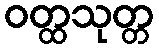
ဝတ္ထသုတ္တ